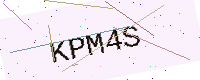
Text: KPM4S